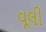
વૂલી